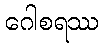
ဂေါစရဿ